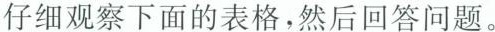
仔细观察下面的表格，然后回答问题。